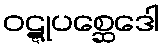
ဝဋ္ဋုပစ္ဆေဒေါ